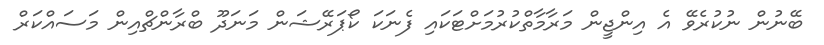
ބޭނުން ނުކުރެވޭ އެ އިންޖީން މަރާމާތްކުރުމަށްޓަަކައި ފެނަކަ ކޯޕަރޭޝަން މަނަދޫ ބްރާންޗްއިން މަސައްކަރް